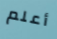
أعلم